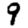
Digit: 9